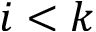
i < k